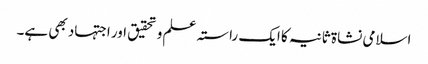
اسلامی نشاۃ ثانیہ کا ایک راستہ علم و تحقیق اور اجتہاد بھی ہے۔